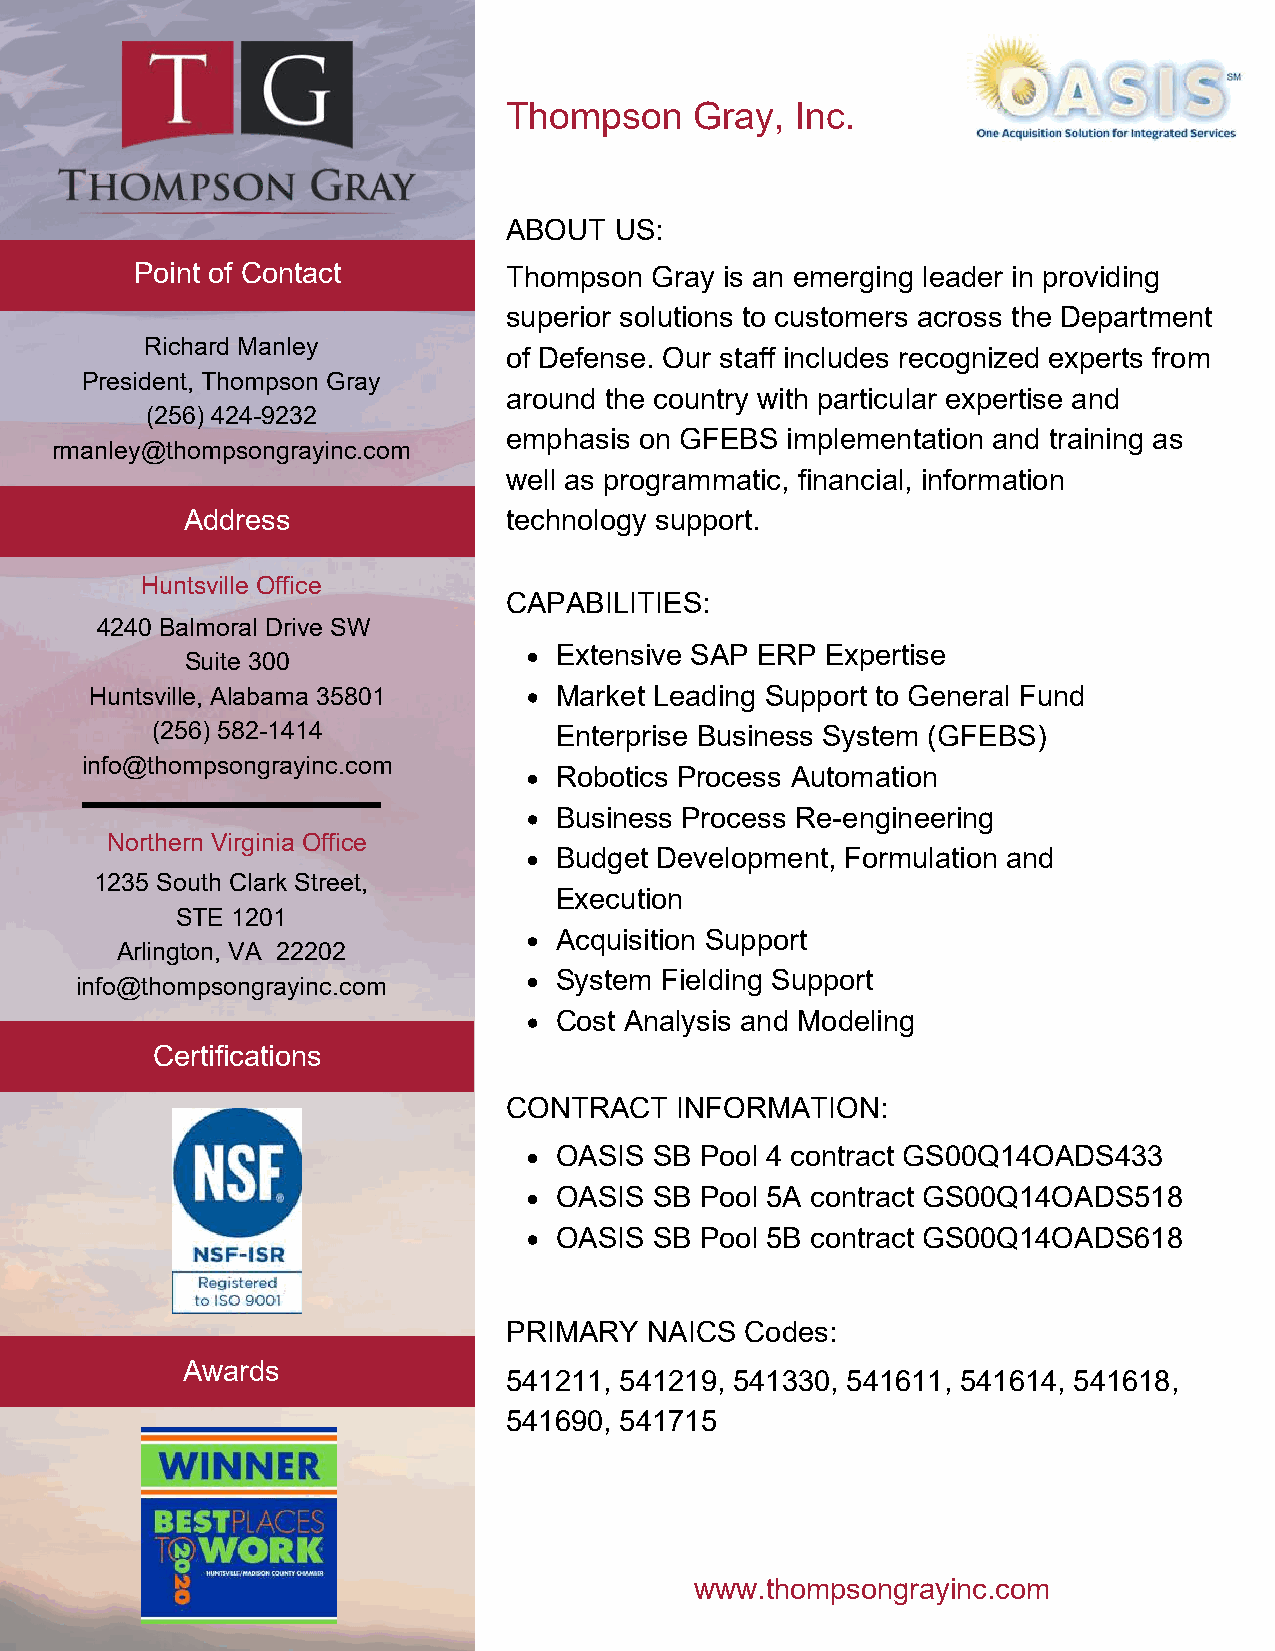
Thompson     Gray,  Inc.
 ABOUT   US:
 Point of Contact        Thompson  Gray is an emerging leader in providing
 superior solutions to customers across the Department
 Richard Manley
 of Defense. Our staff includes recognized experts from
 President, Thompson Gray
 around the country with particular expertise and
 (256) 424-9232
 emphasis on GFEBS  implementation and training as
 rmanley@thompsongrayinc.com
 well as programmatic, financial, information
 Address              technology support.
 Huntsville Office
 CAPABILITIES:
 4240 Balmoral Drive SW
 Extensive SAP ERP Expertise
 Suite 300
 Huntsville, Alabama 35801      Market Leading Support to General Fund
 (256) 582-1414             Enterprise Business System (GFEBS)
 info@thompsongrayinc.com
 Robotics Process Automation
 Business Process Re-engineering
 Northern Virginia Office
 Budget Development, Formulation and
 1235 South Clark Street,
 Execution
 STE 1201
 Acquisition Support
 Arlington, VA 22202
 System Fielding Support
 info@thompsongrayinc.com
 Cost Analysis and Modeling
 Certifications
 CONTRACT   INFORMATION:
 OASIS SB Pool 4 contract GS00Q14OADS433
 OASIS SB Pool 5A contract GS00Q14OADS518
 OASIS SB Pool 5B contract GS00Q14OADS618
 PRIMARY  NAICS Codes:
 Awards
 541211, 541219, 541330, 541611, 541614, 541618,
 541690, 541715
 www.thompsongrayinc.com